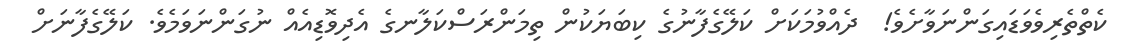
ކެތްތެރިވެވަޑައިގަންނަވާށެވެ!  ދެއްވުމަކަށް ކަލޭގެފާނުގެ ކިބަޔަކުން ތިމަންރަސްކަލާނގެ އެދިވޮޑިއެއް ނުގަންނަވަމެވެ. ކަލޭގެފާނަށް